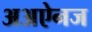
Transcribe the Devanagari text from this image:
अअऐनज